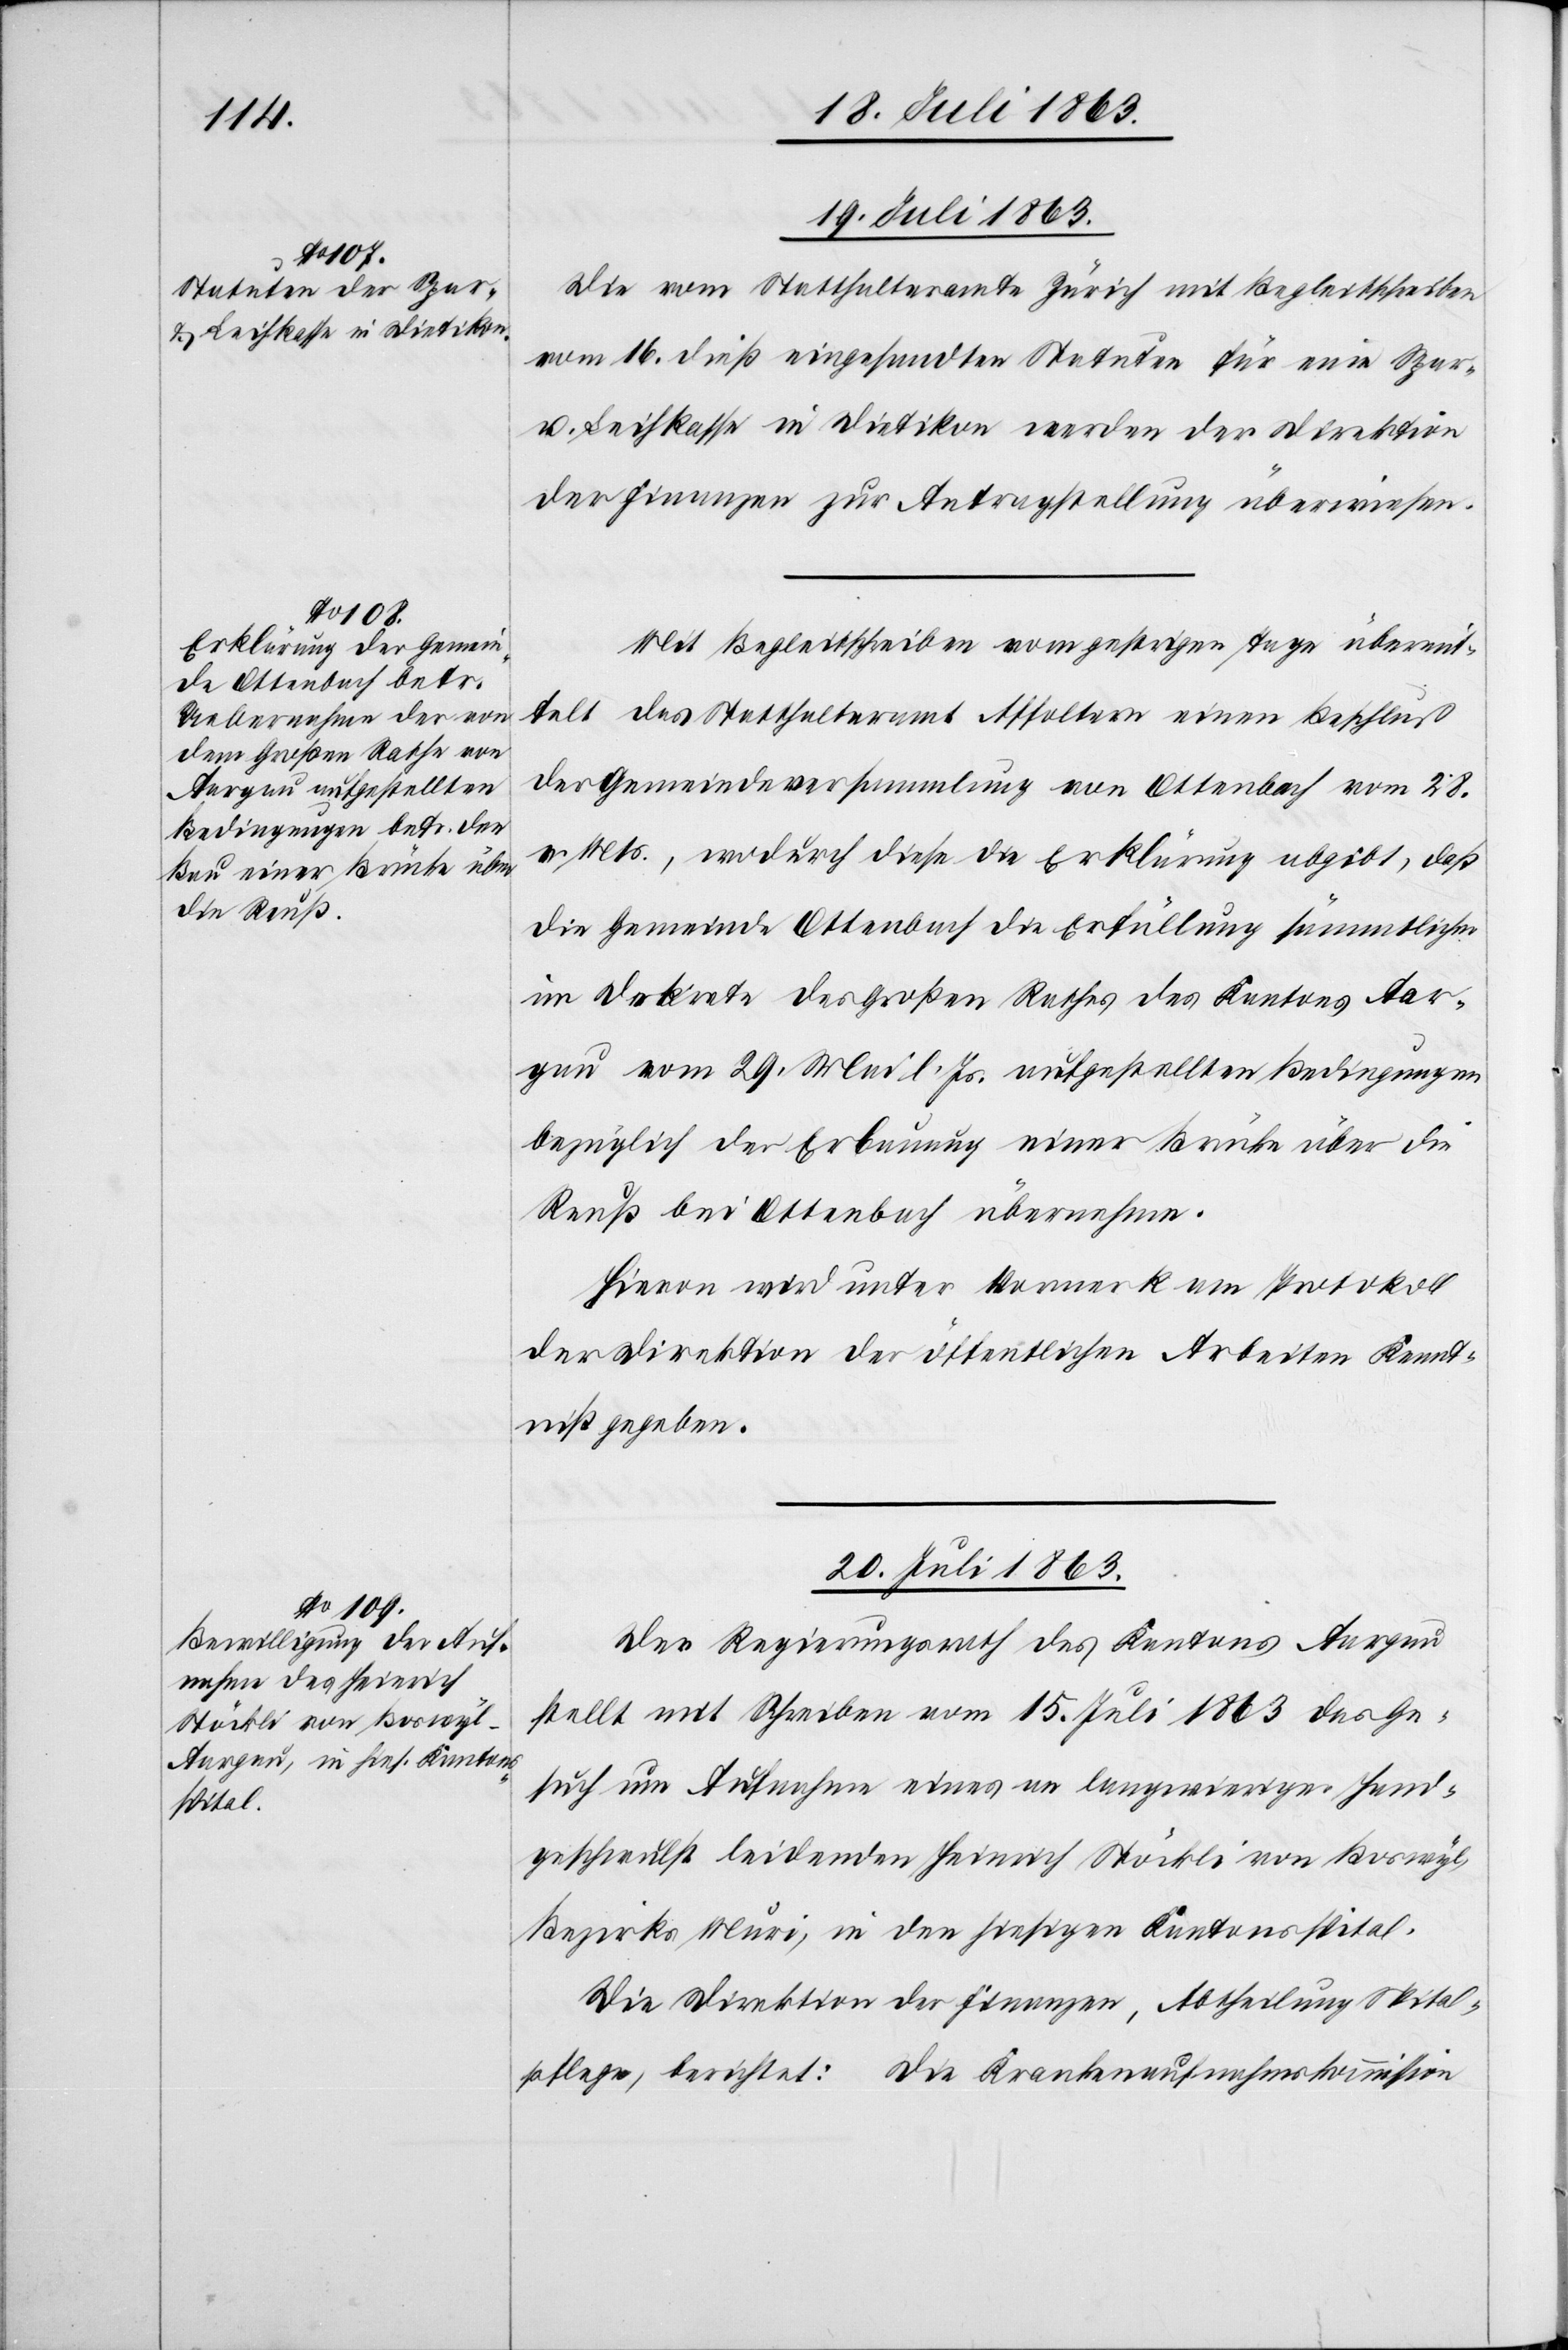
19. Juli 1863.]
Die vom Statthalteramte Zürich mit Begleitschreiben
vom 16. dieß eingesandten Statuten für eine Spar-
u. Leihkassa in Dietikon werden der Direktion
der Finanzen zur Antragstellung überwiesen.
Mit Begleitschreiben vom gestrigen Tage übermit¬
telt das Statthalteramt Affoltern einen Beschluß
der Gemeindeversammlung von Ottenbach vom 28.
v. Mts., wodurch diese die Erklärung abgibt, daß
die Gemeinde Ottenbach die Erfüllung sämmtlicher
im Dekrete des Großen Rathes des Kantons Aar¬
gau vom 29. Mai l. Js. aufgestellten Bedingungen
bezüglich der Erbauung einer Brücke über die
Reuß bei Ottenbach übernehme.
Hievon wird unter Vormerk am Protokoll
der Direktion der öffentlichen Arbeiten Kennt¬
niß gegeben.
20. Juli 1863.
Der Regierungsrath des Kantons Aargau
stellt mit Schreiben vom 15. Juli 1863 das Ge¬
such um Aufnahme eines an langwieriger Hand¬
geschwulst leidenden Heinrich Stöckli von Boswyl,
Bezirks Muri, in den hiesigen Kantonsspital.
Die Direktion der Finanzen, Abtheilung Spital¬
pflege, berichtet: Die Krankenaufnahmskommission